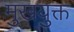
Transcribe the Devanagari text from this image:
मुखयुक्त